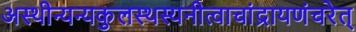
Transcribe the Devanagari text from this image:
अस्थीन्यन्यकुलस्थस्यनीत्वाचांद्रायणंचरेत्